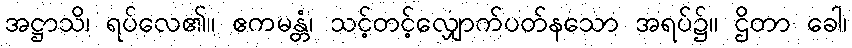
အဋ္ဌာသိ၊ ရပ်လေ၏။ ဧကမန္တံ၊ သင့်တင့်လျှောက်ပတ်နသော အရပ်၌။ ဌိတာ ခေါ၊